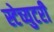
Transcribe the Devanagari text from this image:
स्टेच्युटरी